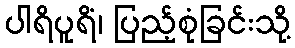
ပါရိပူရိံ၊ ပြည့်စုံခြင်းသို့